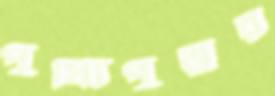
পুষ্যিপুত্তুর